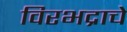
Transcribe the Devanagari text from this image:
विरभद्राचे